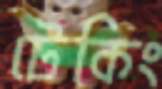
টেকিং